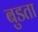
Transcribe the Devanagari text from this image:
बुडता